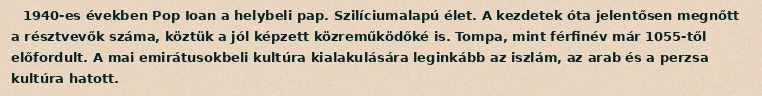
1940-es években Pop Ioan a helybeli pap. Szilíciumalapú élet. A kezdetek óta jelentősen megnőtt a résztvevők száma, köztük a jól képzett közreműködőké is. Tompa, mint férfinév már 1055-től előfordult. A mai emirátusokbeli kultúra kialakulására leginkább az iszlám, az arab és a perzsa kultúra hatott.